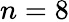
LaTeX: n=8